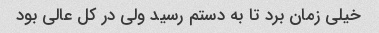
خیلی زمان برد تا به دستم رسید ولی در کل عالی بود